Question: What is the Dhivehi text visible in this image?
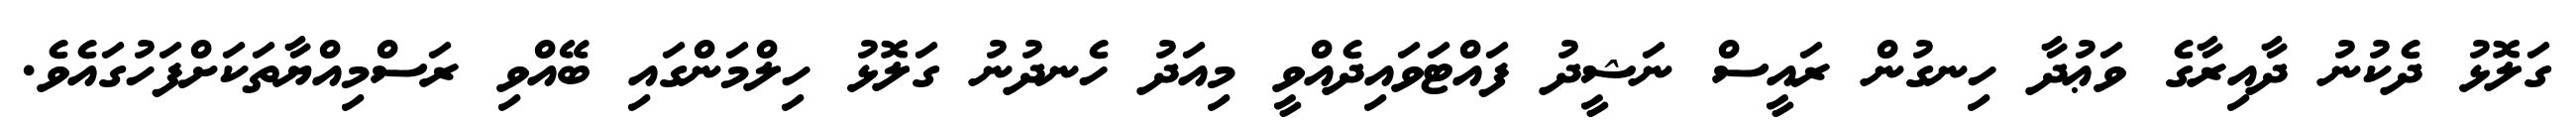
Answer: ގަލޮޅު ދެކުނު ދާއިރާގެ ވަޢުދާ ހިނގުން ރައީސް ނަޝީދު ފައްޓަވައިދެއްވީ މިއަދު ހެނދުނު ގަލޮޅު ހިލްމަންގައި ބޭއްވި ރަސްމިއްޔާތަކަށްފަހުގައެވެ.